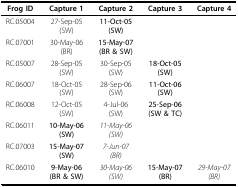
<table><thead><tr><td><b>Frog ID</b></td><td><b>Capture 1</b></td><td><b>Capture 2</b></td><td><b>Capture 3</b></td><td><b>Capture 4</b></td></tr></thead><tbody><tr><td>RC.05004</td><td>27-Sep-05(SW)</td><td><b>11-Oct-05</b><b>(SW)</b></td><td></td><td></td></tr><tr><td>RC.07001</td><td>30-May-06(BR)</td><td><b>15-May-07</b><b>(BR &amp; SW)</b></td><td></td><td></td></tr><tr><td>RC.05007</td><td>28-Sep-05(SW)</td><td>30-Sep-05(SW)</td><td><b>18-Oct-05</b><b>(SW)</b></td><td></td></tr><tr><td>RC.06007</td><td>18-Oct-05(SW)</td><td>28-Sep-06(SW)</td><td><b>11-Oct-06</b><b>(SW)</b></td><td></td></tr><tr><td>RC.06008</td><td>12-Oct-05(SW)</td><td>4-Jul-06(SW)</td><td><b>25-Sep-06</b><b>(SW &amp; TC)</b></td><td></td></tr><tr><td>RC.06011</td><td><b>10-May-06</b><b>(SW)</b></td><td><i>11-May-06</i><i>(SW)</i></td><td></td><td></td></tr><tr><td>RC.07003</td><td><b>15-May-07</b><b>(SW)</b></td><td><i>7-Jun-07</i><i>(BR)</i></td><td></td><td></td></tr><tr><td>RC.06010</td><td><b>9-May-06</b><b>(BR &amp; SW)</b></td><td><i>30-May-06</i><i>(SW)</i></td><td><b>15-May-07</b><b>(BR)</b></td><td><i>29-May-07</i><i>(BR)</i></td></tr></tbody></table>